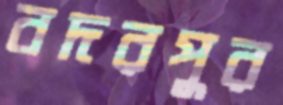
বদরপুর